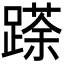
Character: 𮜌